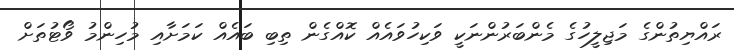
ރައްޔިތުންގެ މަޖިލީހުގެ މެންބަރުންނަކީ ވަކިހުވައެއް ކޮއްގެން ތިބި ބައެއް ކަމަށާއި މުހިންމު ވޯޓުތަށް